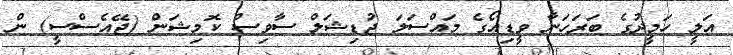
އަލީ ހަމީދުގެ ބަރަހަނާ ވީޑިއޯގެ މައްސަލަ ޖުޑިޝަލް ސާވިސް ކޮމިޝަން (ޖޭއެސްސީ) ން